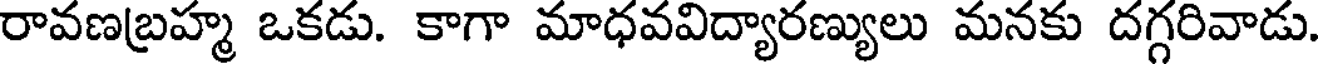
రావణబ్రహ్మ ఒకడు. కాగా మాధవవిద్యారణ్యులు మనకు దగ్గరివాడు.